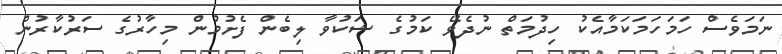
ނަމަވެސް ހަމަހަމަކަމާއެކު ހިދުމަތް ނުދެވޭ ކަމުގެ ޝަކުވާ ލިބެން ފެށުމުން މިހާރުގެ ސަރުކާރުން